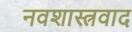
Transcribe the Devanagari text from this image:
नवशास्त्रवाद